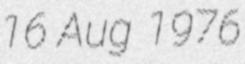
16 Aug 1976